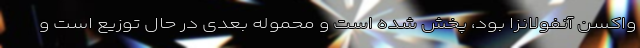
واکسن آنفولانزا بود، پخش شده است و محموله بعدی در حال توزیع است و